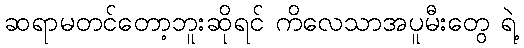
ဆရာမတင်တော့ဘူးဆိုရင် ကိလေသာအပူမီးတွေ ရဲ့